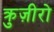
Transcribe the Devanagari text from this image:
क्रुज़ीरो